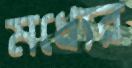
মধ্যের